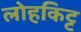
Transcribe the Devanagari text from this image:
लोहकिट्ट